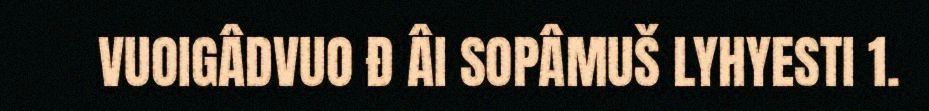
VUOIGÂDVUO Đ ÂI SOPÂMUŠ LYHYESTI 1.